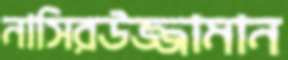
নাসিরউজ্জামান